Annual report on the lock hospitals of the Madras Presidency
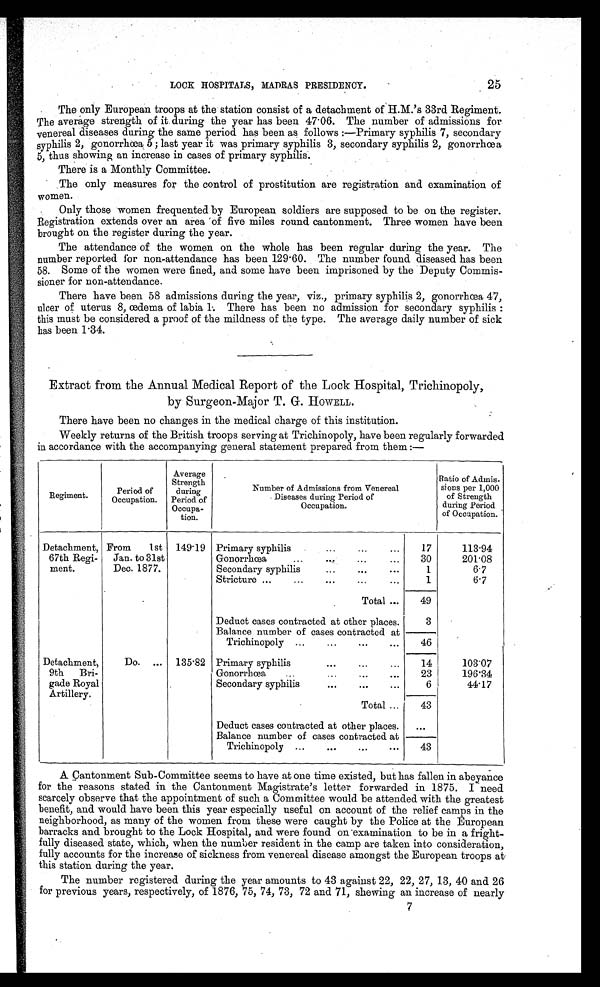
LOCK HOSPITALS, MADRAS PRESIDENCY.
25
The only European troops at the station consist of a detachment of H.M.'s 33rd Regiment.
The average strength of it during the year has been 47.06. The number of admissions for
venereal diseases during the same period has been as follows:—Primary syphilis 7, secondary
syphilis 2, gonorrhœa, 5; last year it was primary syphilis 3, secondary syphilis 2, gonorrhœa
5, thus showing an increase in cases of primary syphilis.
There is a Monthly Committee.
The only measures for the control of prostitution are registration and examination of
women.
Only those women frequented by European soldiers are supposed to be on the register.
Registration extends over an area of five miles round cantonment. Three women have been
brought on the register during the year.
The attendance of the women on the whole has been regular during the year. The
number reported for non-attendance has been 129.60. The number found diseased has been
58. Some of the women were fined, and some have been imprisoned by the Deputy Commis-
sioner for non-attendance.
There have been 58 admissions during the year, viz., primary syphilis 2, gonorrhœa 47,
ulcer of uterus 8, œdema of labia 1. There has been no admission for secondary syphilis:
this must be considered a proof of the mildness of the type. The average daily number of sick
has been 1.34.
Extract from the Annual Medical Report of the Lock Hospital, Trichinopoly,
by Surgeon-Major T. G. HOWELL.
There have been no changes in the medical charge of this institution.
Weekly returns of the British troops serving at Trichinopoly, have been regularly forwarded
in accordance with the accompanying general statement prepared from them:—
Regiment.
Period of
Occupation.
Average
Strength
during
Period of
Occupa-
tion.
Number of Admissions from Venereal
Diseases during Period of
Occupation.
Ratio of Admis-
sions per 1,000
of Strength
during Period
ofOccupation.
Detachment,
67th Regi-
ment.
From 1st
Jan. to 31st
Dec. 1877.
149.19 Primary syphilis
...
...
...
17
113.94
Gonorrhœa
...
...
...
...
30
201.08
Secondary syphilis
...
...
...
1
6.7
Stricture ...
...
...
...
...
1
6.7
Total ...
49
Deduct cases contracted at other places.
3
Balance number of cases contracted at
Trichinopoly ...
...
...
...
46
Detachment,
9th Bri-
gade Royal
Artillery.
Do. ... 135.82 Primary syphilis
...
...
...
14
103.07
Gonorrhœa
...
...
...
...
23
196.34
Secondary syphilis
...
...
...
6
44.17
Total ...
43
Deduct cases contracted at other places.
...
Balance number of cases contracted at
Trichinopoly..........
43
A Cantonment Sub-Committee seems to have at one time existed, but has fallen in abeyance
for the reasons stated in the Cantonment Magistrate's letter forwarded in 1875. I need
scarcely observe that the appointment of such a Committee would be attended with the greatest
benefit, and would have been this year especially useful on account of the relief camps in the
neighborhood, as many of the women from these were caught by the Police at the European
barracks and brought to the Lock Hospital, and were found on examination to be in a fright-
fully diseased state, which, when the number resident in the camp are taken into consideration,
fully accounts for the increase of sickness from venereal disease amongst the European troops at
this station during the year.
The number registered during the year amounts to 43 against 22, 22, 27, 13, 40 and 26
for previous years, respectively, of 1876, 75, 74, 73, 72 and 71, shewing an increase of nearly
7